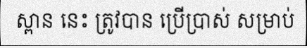
ស្ពាន នេះ ត្រូវបាន ប្រើប្រាស់ សម្រាប់